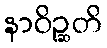
နာဝိဉ္ဆတိ